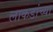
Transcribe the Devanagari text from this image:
लाकडांच्या